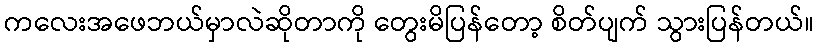
ကလေးအဖေဘယ်မှာလဲဆိုတာကို တွေးမိပြန်တော့ စိတ်ပျက် သွားပြန်တယ်။